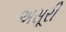
અસૂરી